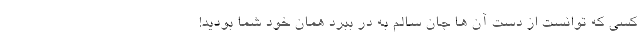
کسی که توانست از دست آن ها جان سالم به در ببرد همان خود شما بودید!